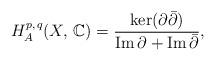
LaTeX: \begin{align*}H^{p,\,q} _{A}(X ,\, \mathbb{C})=\frac{\ker(\partial\bar\partial)}{\operatorname{Im}\partial +\operatorname{Im}\bar\partial},\end{align*}